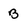
Character: B